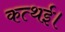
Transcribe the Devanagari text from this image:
कत्थई।